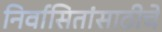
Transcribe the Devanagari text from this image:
निर्वासितांसाठीचे